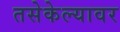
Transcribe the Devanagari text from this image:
तसेकेल्यावर